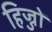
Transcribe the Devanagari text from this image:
हिज्जों